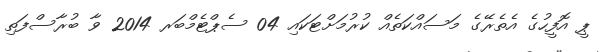
ޕީ އޮފީހުގެ އެތެރޭގެ މަސައްކަތެއް ކުރުމަށްޓަކައި 04 ސެޕްޓެމްބަރ 2014 ވާ ބުރާސްފަތި